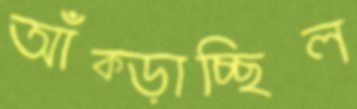
আঁক্‌ড়াচ্ছিল